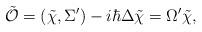
LaTeX: \begin{align*}\tilde{\cal O}=(\tilde\chi,\Sigma^\prime)-i\hbar\Delta \tilde\chi=\Omega^\prime \tilde\chi,\end{align*}